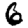
Digit: 6